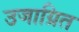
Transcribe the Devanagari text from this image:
उजाग्रित